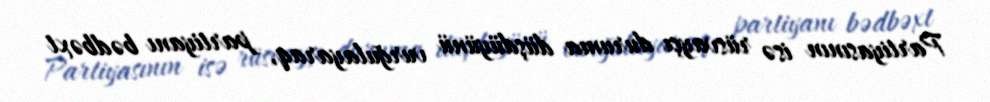
Partiyasının isə rüsvayçı duruma düşdüyünü vurğulayaraq, partiyanı bədbəxt